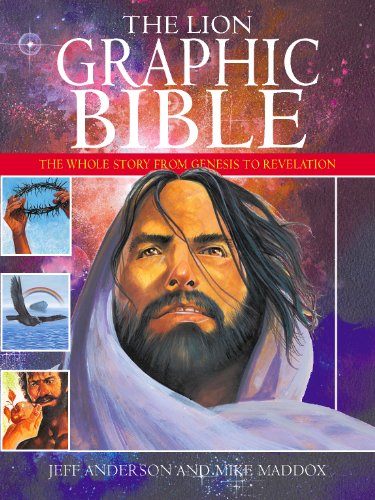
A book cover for The Lion Graphic Bible: The Whole Story from Genesis to Revelation; Jeff Anderson; Comics & Graphic Novels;